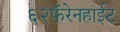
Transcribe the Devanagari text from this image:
६२फॅरेनहाईट